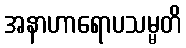
အနာဟာရောပသမ္မတိ